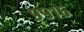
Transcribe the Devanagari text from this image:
९९१६